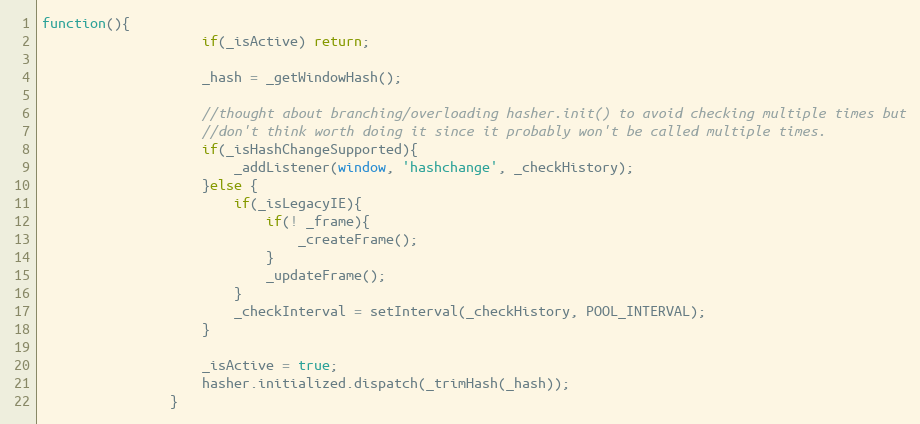
Language: JavaScript
function(){
					if(_isActive) return;

					_hash = _getWindowHash();

					//thought about branching/overloading hasher.init() to avoid checking multiple times but
					//don't think worth doing it since it probably won't be called multiple times.
					if(_isHashChangeSupported){
						_addListener(window, 'hashchange', _checkHistory);
					}else {
						if(_isLegacyIE){
							if(! _frame){
								_createFrame();
							}
							_updateFrame();
						}
						_checkInterval = setInterval(_checkHistory, POOL_INTERVAL);
					}

					_isActive = true;
					hasher.initialized.dispatch(_trimHash(_hash));
				}